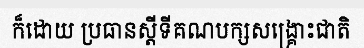
ក៏ដោយ ប្រធានស្តីទីគណបក្សសង្គ្រោះជាតិ